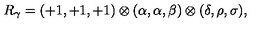
R _ { \gamma } = ( + 1 , + 1 , + 1 ) \otimes ( \alpha , \alpha , \beta ) \otimes ( \delta , \rho , \sigma ) , \,